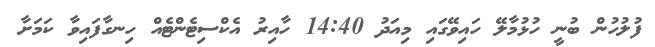
ފުލުހުން ބުނީ ހުޅުމާލޭ ހައިވޭގައި މިއަދު 14:40 ހާއިރު އެކްސިޓެންޓެއް ހިނގާފައިވާ ކަމަށާ